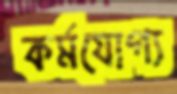
কর্মযোগ্য